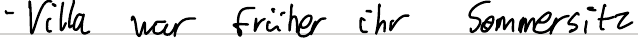
- Villa war früher ihr Sommersitz